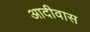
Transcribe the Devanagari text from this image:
आदीवास